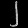
Digit: ၂